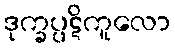
ဒုက္ခပ္ပဋိကူလော